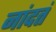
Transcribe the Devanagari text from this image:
नांदतं